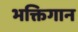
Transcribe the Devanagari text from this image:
भक्तिगान